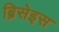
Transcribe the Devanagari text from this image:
ब्रिसेइस